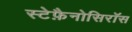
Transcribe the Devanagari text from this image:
स्टेफ़ैनोसिरॉस